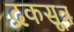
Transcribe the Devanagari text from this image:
द्रकसूत्र